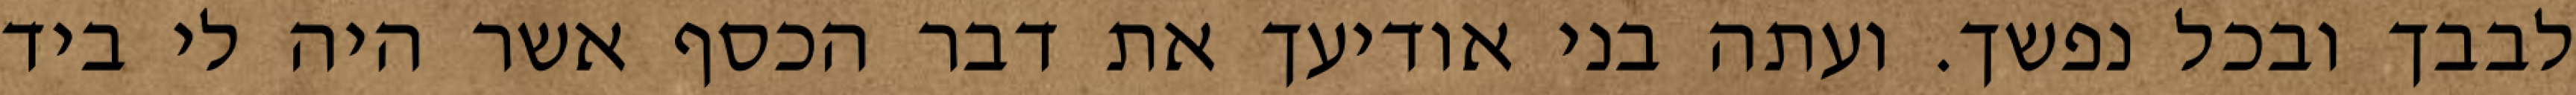
לבבך ובכל נפשך. ועתה בני אודיעך את דבר הכסף אשר היה לי ביד